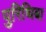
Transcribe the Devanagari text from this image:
पुरिथिबा